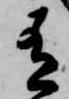
有